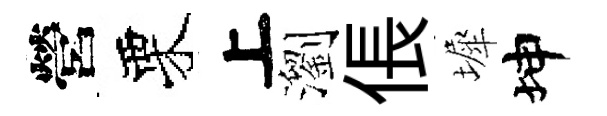
營栗上瀏倀墀坤